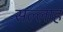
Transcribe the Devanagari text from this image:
सल्लाह